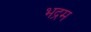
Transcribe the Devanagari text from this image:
भद्रम